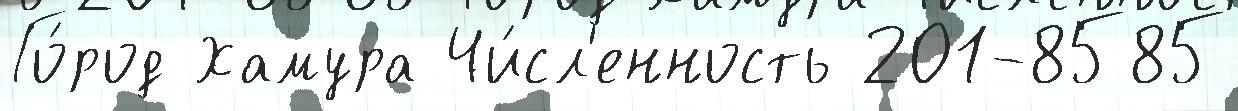
Го́род Хамура Чи́сл'енность 201-8585